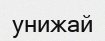
унижай